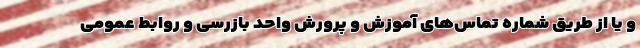
و یا از طریق شماره تماس‌های آموزش و پرورش واحد بازرسی و روابط عمومی